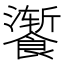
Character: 𫗚